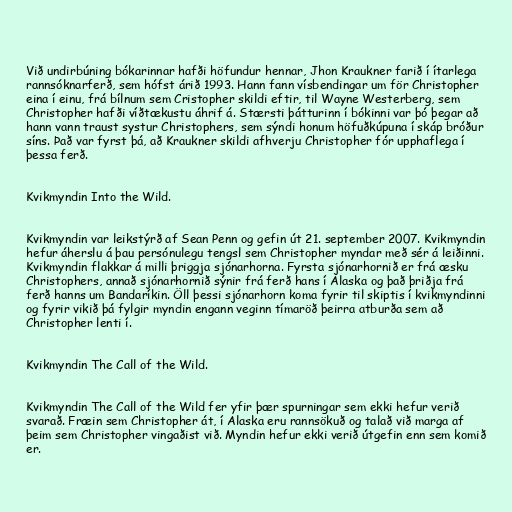
Við undirbúning bókarinnar hafði höfundur hennar, Jhon Kraukner farið í ítarlega
rannsóknarferð, sem hófst árið 1993. Hann fann vísbendingar um för Christopher
eina í einu, frá bílnum sem Cristopher skildi eftir, til Wayne Westerberg, sem
Christopher hafði víðtækustu áhrif á. Stærsti þátturinn í bókinni var þó þegar að
hann vann traust systur Christophers, sem sýndi honum höfuðkúpuna í skáp bróður
síns. Það var fyrst þá, að Kraukner skildi afhverju Christopher fór upphaflega í
þessa ferð.

Kvikmyndin Into the Wild.

Kvikmyndin var leikstýrð af Sean Penn og gefin út 21. september 2007. Kvikmyndin
hefur áherslu á þau persónulegu tengsl sem Christopher myndar með sér á leiðinni.
Kvikmyndin flakkar á milli þriggja sjónarhorna. Fyrsta sjónarhornið er frá æsku
Christophers, annað sjónarhornið sýnir frá ferð hans í Alaska og það þriðja frá
ferð hanns um Bandaríkin. Öll þessi sjónarhorn koma fyrir til skiptis í kvikmyndinni
og fyrir vikið þá fylgir myndin engann veginn tímaröð þeirra atburða sem að
Christopher lenti í.

Kvikmyndin The Call of the Wild.

Kvikmyndin The Call of the Wild fer yfir þær spurningar sem ekki hefur verið
svarað. Fræin sem Christopher át, í Alaska eru rannsökuð og talað við marga af
þeim sem Christopher vingaðist við. Myndin hefur ekki verið útgefin enn sem komið
er.